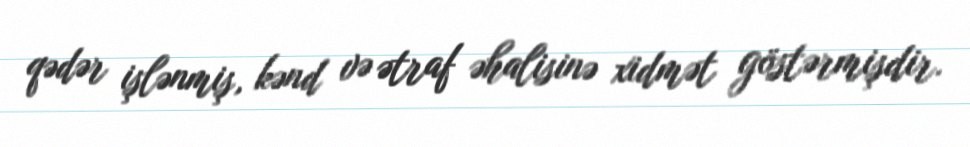
qədər işlənmiş, kənd və ətraf əhalisinə xidmət göstərmişdir.